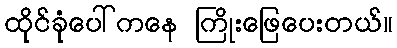
ထိုင်ခုံပေါ်ကနေ ကြိုးဖြေပေးတယ်။